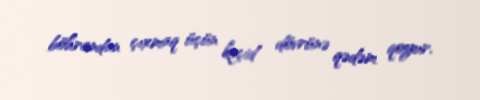
böhrandan çıxmaq üçün keçid dövrünə qədəm qoyur.